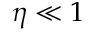
\eta \ll 1